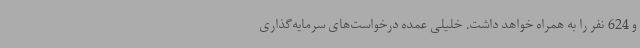
و 624 نفر را به همراه خواهد داشت. خلیلی عمده درخواست‌های سرمایه‌گذاری